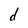
Character: d